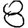
Digit: 8